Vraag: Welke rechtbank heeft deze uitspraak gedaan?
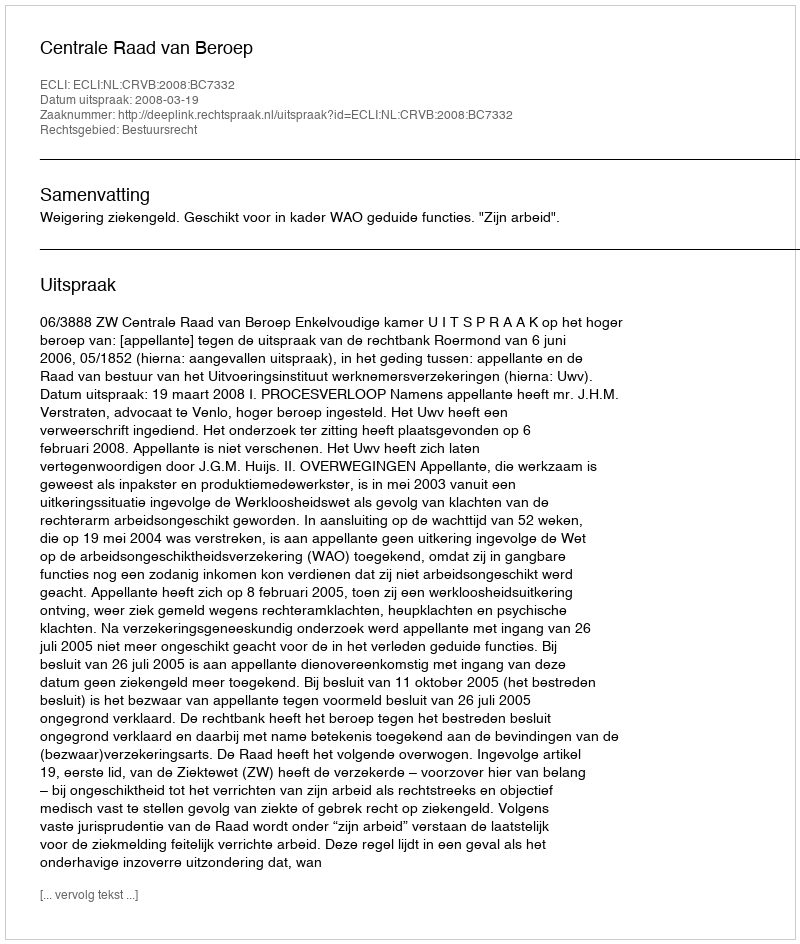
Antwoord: Centrale Raad van Beroep